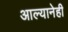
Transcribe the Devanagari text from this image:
आल्यानेही